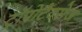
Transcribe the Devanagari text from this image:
ट्रॉपोटैक्सेज़